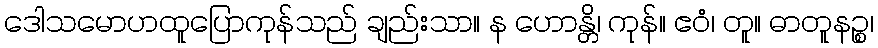
ဒေါသမောဟထူပြောကုန်သည် ချည်းသာ။ န ဟောန္တိ၊ ကုန်။ ဧဝံ၊ တူ။ ဓာတူနဉ္စ၊